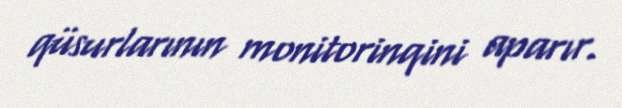
qüsurlarının monitorinqini aparır.